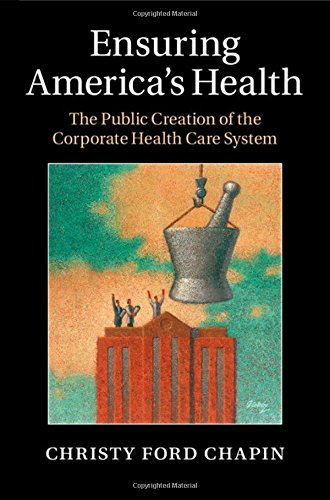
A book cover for Ensuring America's Health: The Public Creation of the Corporate Health Care System; Christy Ford Chapin; Medical Books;